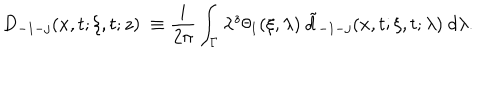
D _ { - 1 - j } ( x , t ; \xi , t ; z ) \ \equiv \frac i { 2 \pi } \int _ { \Gamma } \lambda ^ { z } \theta _ { 1 } ( \xi , \lambda ) \ \tilde { d } _ { - 1 - j } ( x , t ; \xi , t ; \lambda ) \ d \lambda .